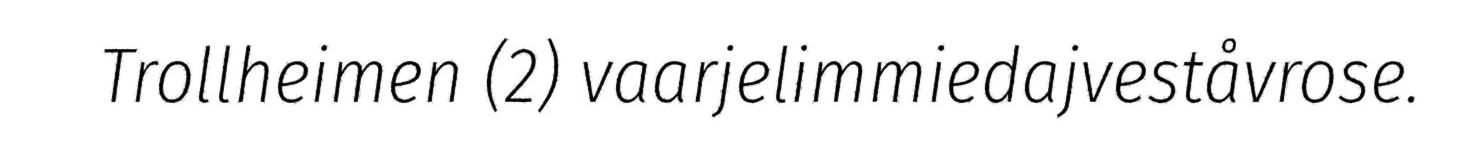
Trollheimen (2) vaarjelimmiedajveståvrose.